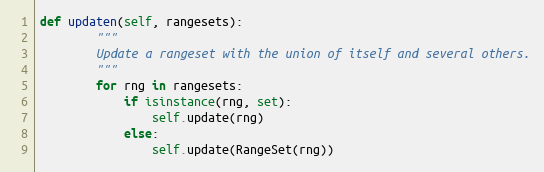
Language: Python
def updaten(self, rangesets):
        """
        Update a rangeset with the union of itself and several others.
        """
        for rng in rangesets:
            if isinstance(rng, set):
                self.update(rng)
            else:
                self.update(RangeSet(rng))